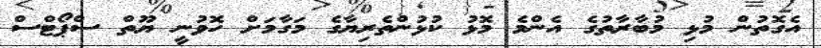
އެގޮތުން މުޅި މުބާރާތުގެ އެންމެ މޮޅު ކުޅުންތެރިޔާގެ މަގާމަށް ހޮވުނީ ޔޫތް ސްޕޯޓްސް